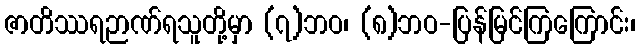
ဇာတိဿရဉာဏ်ရသူတို့မှာ (၇)ဘဝ၊ (၈)ဘဝ-ပြန်မြင်ကြကြောင်း၊